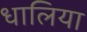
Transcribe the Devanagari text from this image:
धालिया